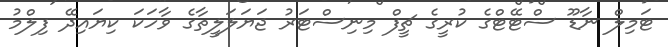
ޓަމިލް ނާޑޫ ސްޓޭޓްގެ ކުރީގެ ޗީފް މިނިސްޓަރު ޖަޔަލަލީތާގެ ވާހަކަ ކިޔައިދޭ ފިލްމު